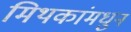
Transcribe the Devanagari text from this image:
मिथकांमधुन